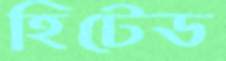
হিটেড